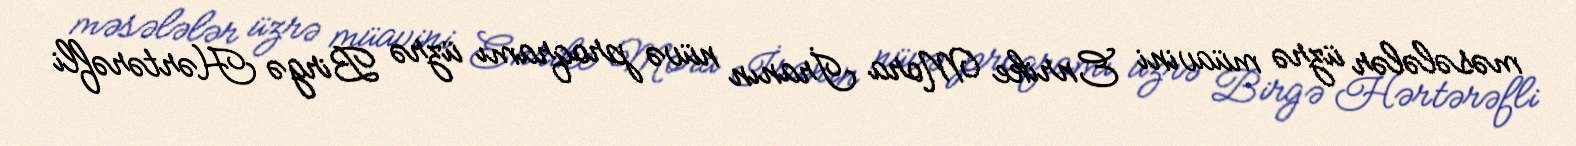
məsələlər üzrə müavini Enrike Mora İranın nüvə proqramı üzrə Birgə Hərtərəfli